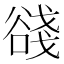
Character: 𧮺